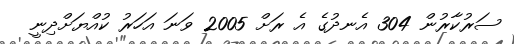
ސަރުކާރުން 304 އެނދުގެ އެ ރަށް 2005 ވަނަ އަހަރު ކުއްޔަށްދިނީ